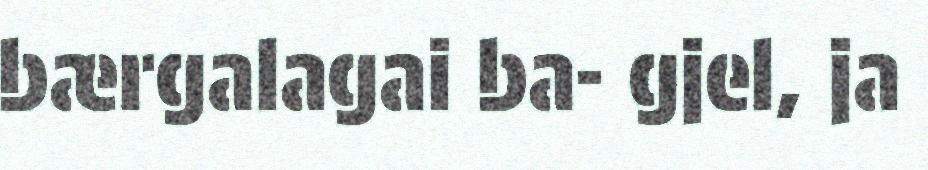
bærgalagai ba- gjel, ja